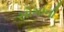
સોમાની